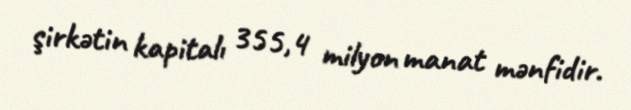
şirkətin kapitalı 355,4 milyon manat mənfidir.